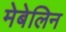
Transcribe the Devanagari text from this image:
मेबेलिन